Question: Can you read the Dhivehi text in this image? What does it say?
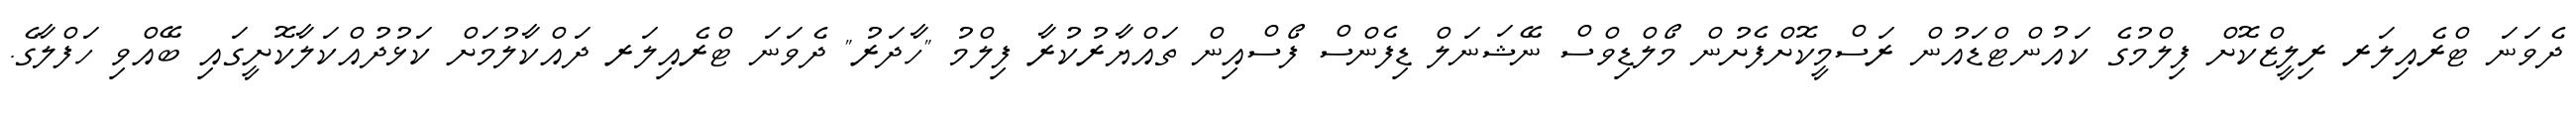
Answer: ދެވަނަ ޓްރެއިލަރ ރިލީޒްކޮށް ފިލްމުގެ ކައުންޓްޑައުން ރަސްމީކޮށްފެށުން މޯލްޑިވްސް ނޭޝަނަލް ޑިފެންސް ފޯސްއިން ތައްޔާރުކުރާ ފިލްމު "ހާދަރު" ދެވަނަ ޓްރެއިލަރ ދައްކާލުމަށް ކަޅުދުއްކަލާކޮށީގައި ބޭއްވި ހަފްލާގެ.